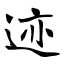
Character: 迹